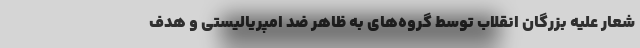
شعار علیه بزرگان انقلاب توسط گروه‌های به ظاهر ضد امپریالیستی و هدف